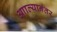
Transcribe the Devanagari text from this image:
आाल्यानंतर